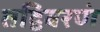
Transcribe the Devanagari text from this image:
तद्विवरणं